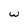
Character: w